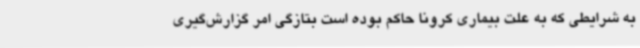
به شرایطی که به علت بیماری کرونا حاکم بوده است بتازگی امر گزارش‌گیری